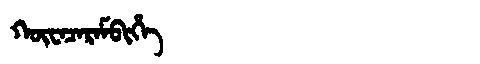
Manchu: ᡴᡡᠸᠠᠴᠠᡵᠠᠮᠪᡳᡥᡝ
Romanization: KŪWACARAMBIHE